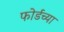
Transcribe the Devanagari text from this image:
फोर्डच्या